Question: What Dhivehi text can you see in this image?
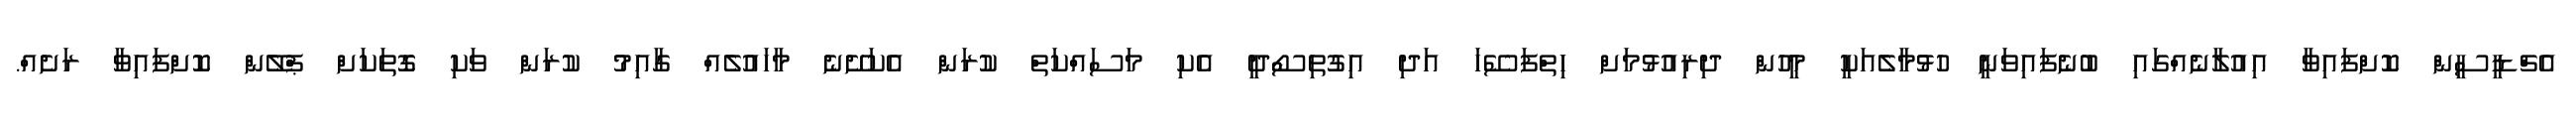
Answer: އެޗްޑީސީން ކޮށްފައިވާ އިއުލާނެއްގައި ބުނެފައިވަނީ ހުޅުމާލެއަކީ މީހުން ދިރިއުޅުމަށް ހިތްފަސޭހަ އަދި އިގުތިސޯދީ އެކި މަސައްކަތް ކުރަން އެކަށޭނެ މާހައުލެއް ގާއިމު ކުރަން ވަކި ގޮތަކަށް ޕްލޭން ކޮށްފައިވާ ރަށެއް.